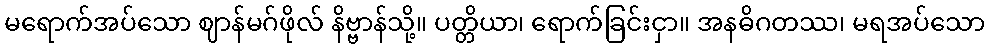
မရောက်အပ်သော ဈာန်မဂ်ဖိုလ် နိဗ္ဗာန်သို့။ ပတ္တိယာ၊ ရောက်ခြင်းငှာ။ အနဓိဂတဿ၊ မရအပ်သော